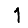
Digit: 1